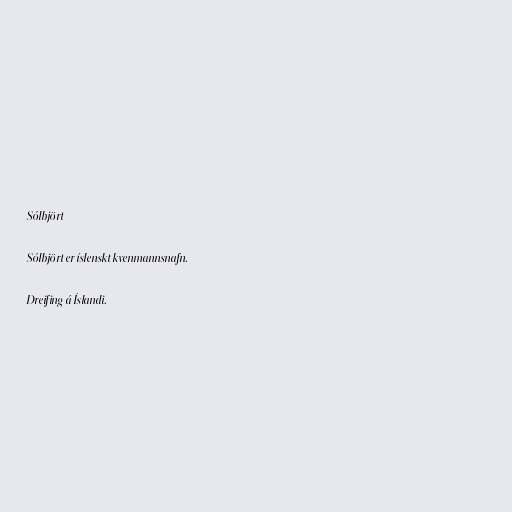
Sólbjört

Sólbjört er íslenskt kvenmannsnafn.

Dreifing á Íslandi.